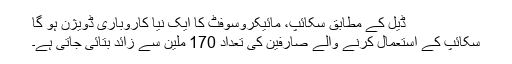
ڈیل کے مطابق سکائپ، مائیکروسوفٹ کا ایک نیا کاروباری ڈویژن ہو گا
سکائپ کے استعمال کرنے والے صارفین کی تعداد 170 ملین سے زائد بتائی جاتی ہے۔